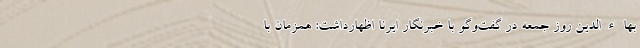
بهاءالدین روز جمعه در گفت‌وگو با خبرنگار ایرنا اظهارداشت: همزمان با